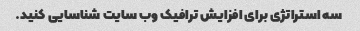
سه استراتژی برای افزایش ترافیک وب سایت شناسایی کنید.